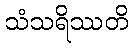
သံသရိဿတိ